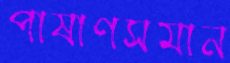
পাষাণসমান